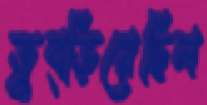
তুব্‌ড়িয়েছিল